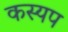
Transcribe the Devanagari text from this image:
कस्यप